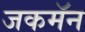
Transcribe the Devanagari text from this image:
जकमॅन